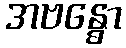
အဗန္ဓော